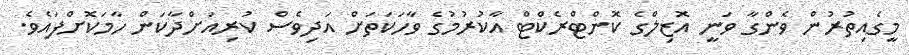
މީގެއިތުރުން ވެންގާ ވަނީ އޮޒިލްގެ ކޮންޓްރެކްޓް އާކުރުމުގެ ވާހަކަތަށް އަދިވެސް ކުރިއަށްދާކަން ހާމަކޮށްފައެވެ.